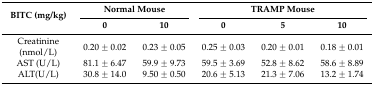
| <ROWSPAN=2> BITC (mg/kg) | <COLSPAN=2> Normal Mouse | <COLSPAN=3> TRAMP Mouse |
 | 0 | 10 | 0 | 5 | 10 |
 | --- | --- | --- | --- | --- | --- |
 | Creatinine (nmol/L) | 0.20 ± 0.02 | 0.23 ± 0.05 | 0.25 ± 0.03 | 0.20 ± 0.01 | 0.18 ± 0.01 |
 | AST (U/L) | 81.1 ± 6.47 | 59.9 ± 9.73 | 59.5 ± 3.69 | 52.8 ± 8.62 | 58.6 ± 8.89 |
 | ALT(U/L) | 30.8 ± 14.0 | 9.50 ± 0.50 | 20.6 ± 5.13 | 21.3 ± 7.06 | 13.2 ± 1.74 |